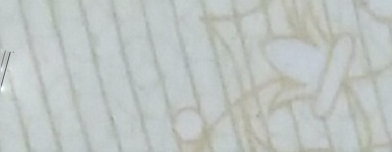
سوبرماركت الأمل